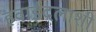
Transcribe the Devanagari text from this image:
हवाईदलाशी